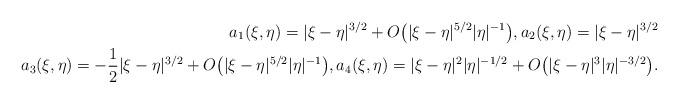
LaTeX: \begin{align*}a_1(\xi,\eta) = |\xi-\eta|^{3/2}+ O \big( |\xi-\eta|^{5/2} |\eta|^{-1} \big), a_2(\xi,\eta) = |\xi-\eta|^{3/2}\\a_3(\xi,\eta) = -\frac{1}{2} |\xi-\eta|^{3/2} + O \big( |\xi-\eta|^{5/2} |\eta|^{-1} \big),a_4(\xi,\eta) = |\xi-\eta|^{2} |\eta|^{-1/2} + O \big( |\xi-\eta|^{3} |\eta|^{-3/2} \big).\end{align*}